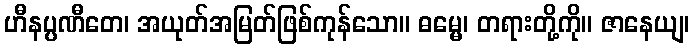
ဟီနပ္ပဏီတေ၊ အယုတ်အမြတ်ဖြစ်ကုန်သော။ ဓမ္မေ၊ တရားတို့ကို။ ဇာနေယျ၊